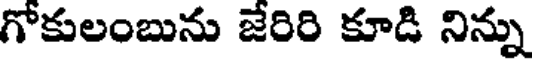
గోకులంబును జేరిరి కూడి నిన్ను